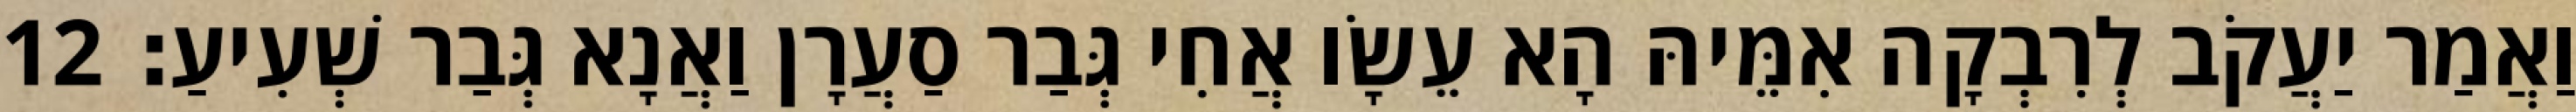
וַאֲמַר יַעֲקֹב לְרִבְקָה אִמֵּיהּ הָא עֵשָׂו אֲחִי גְּבַר סַעֲרָן וַאֲנָא גְּבַר שְׁעִיעַ׃ 12